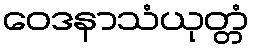
ဝေဒနာသံယုတ္တံ